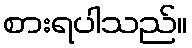
စားရပါသည်။